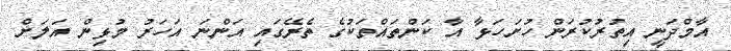
އާމްދަނީ އިތުރުކުރަން ހުށަހަޅާ އާ ކަންތައްތަކުގެ ތެރޭގައި އަންނަ އަހަރު މުޅިން އަލަށް